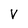
Character: V